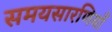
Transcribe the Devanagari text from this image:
समयसारणियाँ